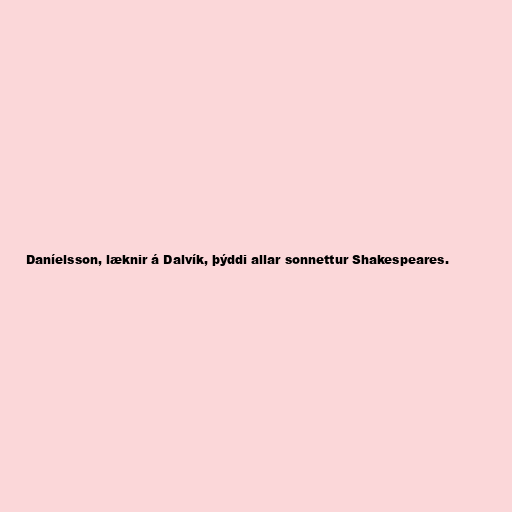
Daníelsson, læknir á Dalvík, þýddi allar sonnettur Shakespeares.